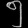
Digit: ၅